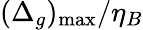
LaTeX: (\Delta_{g})_{\operatorname*{max}}/\eta_{B}